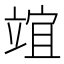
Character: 竩